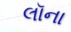
લૉના